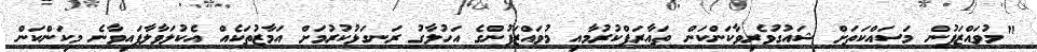
"މުވައްޒަފުން މަސައްކަތަށް ޝައުގުވެރިވާކަންކަން ތައާރަފްކުރުމާއި މުވައްޒަފުންގެ އަހުލާގު ރަނގަޅުކުރުމަށް އަމާޒުތަކެއް އެކުލަވާލާފައިވާނެ މިކަންކަން